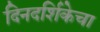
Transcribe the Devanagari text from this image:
दिनदर्शिकेचा